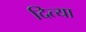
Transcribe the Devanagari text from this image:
दित्या